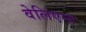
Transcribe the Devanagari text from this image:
वेलिएन्ट